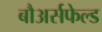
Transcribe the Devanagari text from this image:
बौअर्सफेल्ड